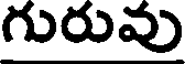
గురువు